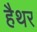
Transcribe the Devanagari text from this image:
हैथर